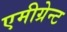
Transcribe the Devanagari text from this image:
एमीग्रेन्ट